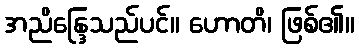
အညိန္ဒြေသည်ပင်။ ဟောတိ၊ ဖြစ်၏။